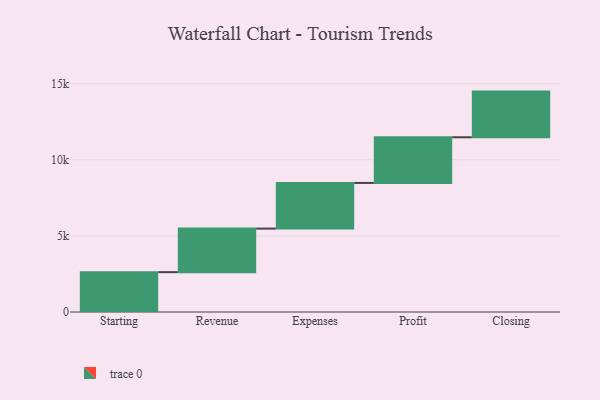
{"axis": {"x": "Step", "y": "Value"}, "legend": [""], "data": [{"x": "Starting", "y": 2618.0, "type": ""}, {"x": "Revenue", "y": 2861.0, "type": ""}, {"x": "Expenses", "y": 3000, "type": ""}, {"x": "Profit", "y": 3000, "type": ""}, {"x": "Closing", "y": 3000, "type": ""}]}